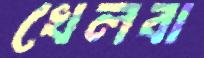
খেলবা